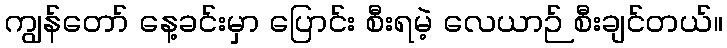
ကျွန်တော် နေ့ခင်းမှာ ပြောင်း စီးရမဲ့ လေယာဉ် စီးချင်တယ်။